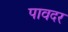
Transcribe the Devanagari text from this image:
पावदर